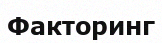
Факторинг